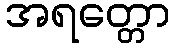
အရတ္တော